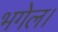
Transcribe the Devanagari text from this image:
भगेल।